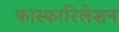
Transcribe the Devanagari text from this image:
फास्फारिलेशन